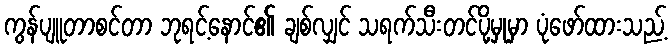
ကွန်ပျူတာစင်တာ ဘုရင့်နောင်၏ ချစ်လျှင် သရက်သီးတင်ပို့မှုမှာ ပုံဖော်ထားသည့်